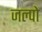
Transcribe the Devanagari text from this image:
जल्पो